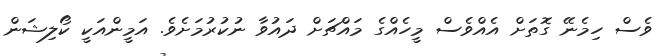
ވެސް ހިމެނޭ ގޮތަށް އެއްވެސް މީހެއްގެ މައްޗަށް ދައުވާ ނުކުރުމަށެވެ. އަމީންއަކީ ކޯލިޝަން